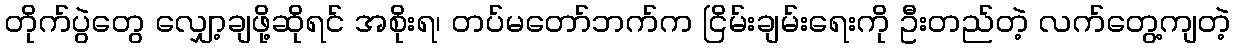
တိုက်ပွဲတွေ လျှော့ချဖို့ဆိုရင် အစိုးရ၊ တပ်မတော်ဘက်က ငြိမ်းချမ်းရေးကို ဦးတည်တဲ့ လက်တွေ့ကျတဲ့